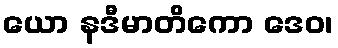
ယော နဒီမာတိကော ဒေဝ၊